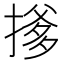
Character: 𪮟